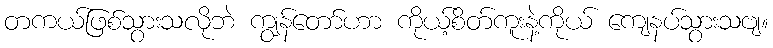
တကယ်ဖြစ်သွားသလိုဘဲ ကျွန်တော်ဟာ ကိုယ့်စိတ်ကူးနဲ့ကိုယ် ကျေနပ်သွားသဗျ။